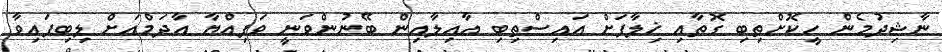
ނާޝިދުމެން ހީކޮށްތިބި ގޮތާއި ޚިލާފަށް އައިސްތިބި ޢާއިލާއިން ބޭނުންވަނީ ވަފިއްޔާ އާދަމްއަށް ލިބިފައިވާ